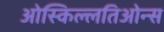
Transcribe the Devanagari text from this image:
ओस्किल्लतिओन्स